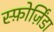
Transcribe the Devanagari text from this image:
स्फ़ोर्ज़िंडा